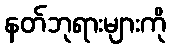
နတ်ဘုရားများကို